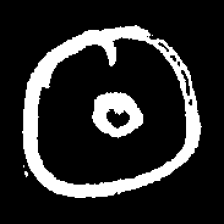
Pyu character \u2014 Myanmar letter: ထ (romanized: tha)